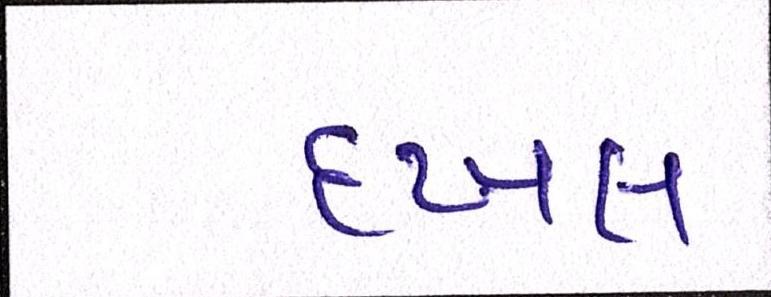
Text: દખલ